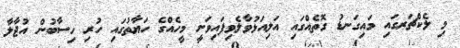
މި ލެކްޗަރގައި މައިގަނޑު ގޮތެއްގައި އަލިއަޅުވާލެވިފައިވަނީ މީހެއްގެ ހަޔާތުގައި ހުރި ހިސާބުން އުޖާލާ